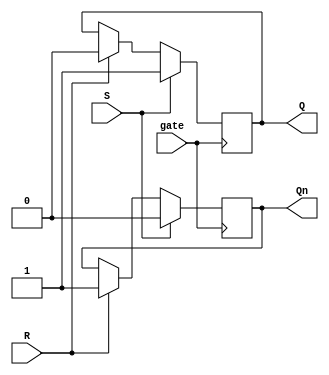
module gated_sr_flip_flop (
    input S, // Set input
    input R, // Reset input
    input gate, // Gating signal
    output reg Q, // Output Q
    output reg Qn // Output Q'
);

always @(posedge gate) begin
    if (gate) begin
        if (S) begin
            Q <= 1;
            Qn <= 0;
        end else if (R) begin
            Q <= 0;
            Qn <= 1;
        end
    end
end

endmodule